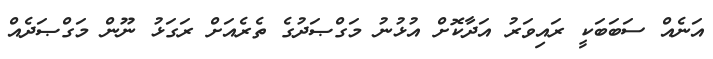
އަނެއް ސަބަބަކީ ރައިވަރު އަދާކޮށް އުޅުނު މަގްޞަދުގެ ތެރެއަށް ރަގަޅު ނޫން މަގްޞަދެއް